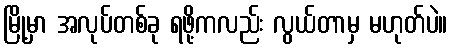
မြို့မှာ အလုပ်တစ်ခု ရဖို့ကလည်း လွယ်တာမှ မဟုတ်ပဲ။